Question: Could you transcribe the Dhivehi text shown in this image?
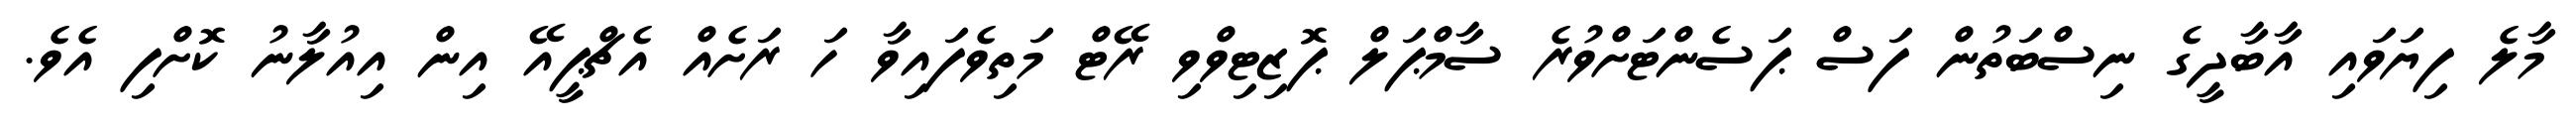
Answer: މާލެ ފިޔަވައި އާބާދީގެ ނިސްބަތުން ފަސް ޕަސެންޓަށްވުރެ ސާމްޕަލް ޕޮޒިޓިވްވި ރޭޓް މަތިވެފައިވާ ހަ ރަށެއް އެޗްޕީއޭ އިން އިއުލާނު ކޮށްފި އެވެ.